Civil Veterinary Department Bihar & Orissa reports 1911-21 - 1911-1921
Year: 1911
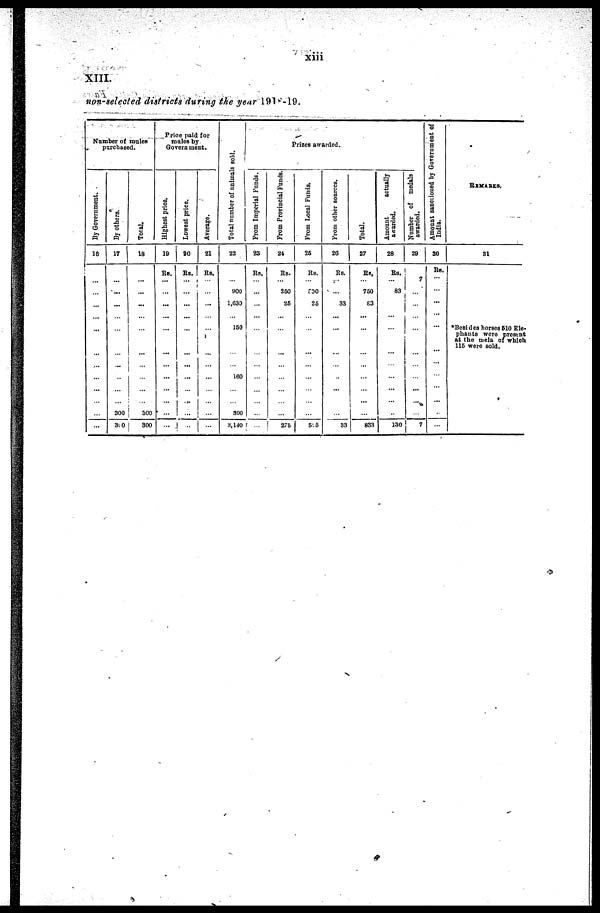
xiii
XIII.
non-seleeted districts during the year 1918-19.
Number of males
purchased.
By Government.
16
…
…
…
…
…
…
…
...
By others.
17
…
...
...
…
…
…
300
300
Total.
18
…
…
...
…
...
…
300
300
Price paid lor
males by
Government.
Highest price.
19
Rs.
…
…
...
…
...
…
…
Lowest price.
20
Rs.
…
…
...
…
...
…
…
…
Average.
21
Rs.
…
…
…
…
…
...
...
...
Total number of animals sold.
22
…
900
1,030
150
…
160
300
8,140
Prizes awarded.
From Imperial Funds.
23
Rs.
…
…
…
…
…
…
…
…
Prom Provincial Funds.
24
Rs.
…
250
25
…
…
…
…
276
From Local Funds,
25
Rs.
…
600
25
…
...
…
…
5-5
From other sources.
20
Rs.
…
33
…
…
…
…
33
Total.
27
Rs.
…
750
63
…
…
…
…
833
Amount
actually
awarded.
28
Rs.
…
83
…
…
…
…
…
180
Number of medals
awarded.
29
7
…
…
…
…
…
…
7
Amount sanctioned by Government of
India.
30
RS.
…
…
...
…
...
…
…
…
REMARKS.
31
*Besides horses 510 Ele-
phants were present
at the mela of which
115 were sold.